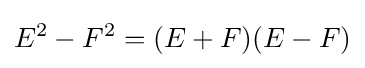
E^{2}-F^{2}=(E+F)(E-F)